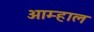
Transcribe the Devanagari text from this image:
आम्हाल